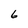
Character: 6